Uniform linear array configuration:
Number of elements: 4
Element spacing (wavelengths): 1
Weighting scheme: uniform
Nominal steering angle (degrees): -15
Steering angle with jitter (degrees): -16.839
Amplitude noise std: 0.05
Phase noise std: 0.05

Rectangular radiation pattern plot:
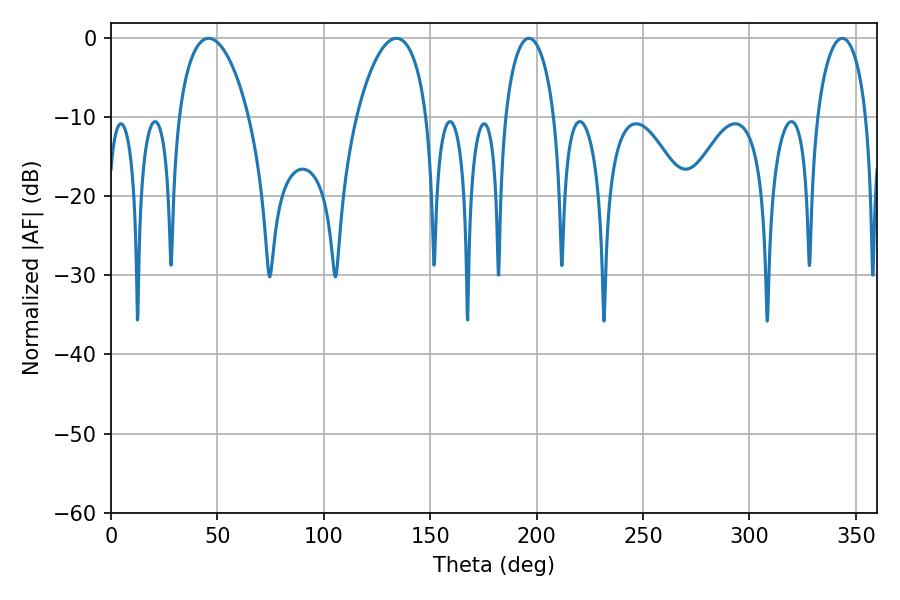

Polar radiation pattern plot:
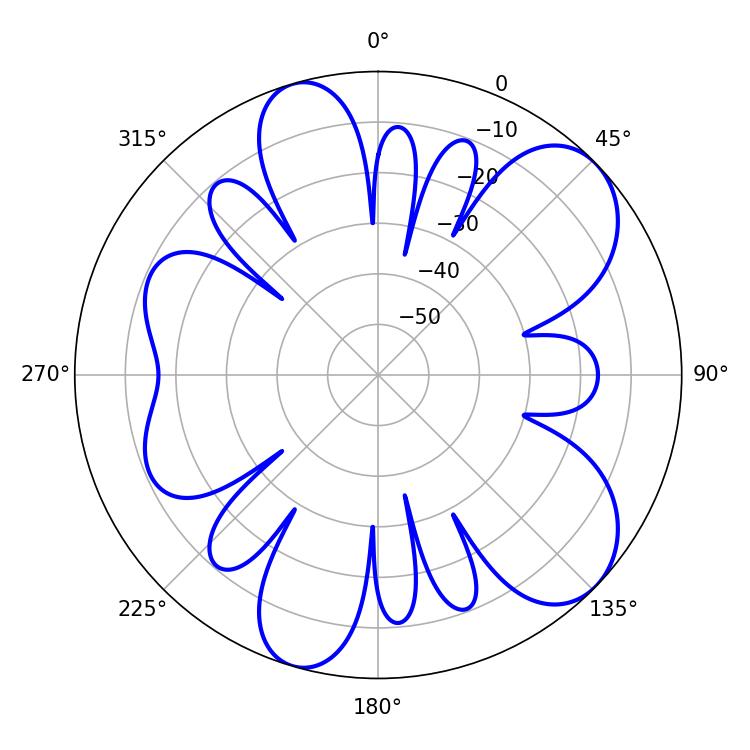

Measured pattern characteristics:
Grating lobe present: TRUE
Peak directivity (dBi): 8.238
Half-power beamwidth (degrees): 13.32
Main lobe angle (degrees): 196.38